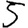
Digit: 5